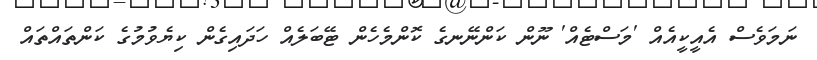
ނަމަވެސް އެއީކީއެއް 'މަސްޓެއް' ނޫން ކަންނޭނގެ ކޮންމެހެން ޓޭބަލެއް ހަދައިގެން ކިޔެވުމުގެ ކަންތައްތައް